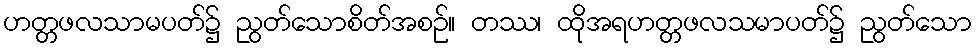
ဟတ္တဖလသာမပတ်၌ ညွတ်သောစိတ်အစဉ်။ တဿ၊ ထိုအရဟတ္တဖလသမာပတ်၌ ညွတ်သော